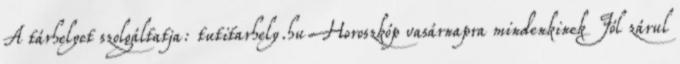
A tárhelyet szolgáltatja: tutitarhely.hu Horoszkóp vasárnapra mindenkinek Jól zárul